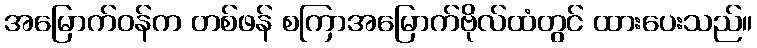
အမြောက်ဝန်က တစ်ဖန် စကြာအမြောက်ဗိုလ်ထံတွင် ထားပေးသည်။